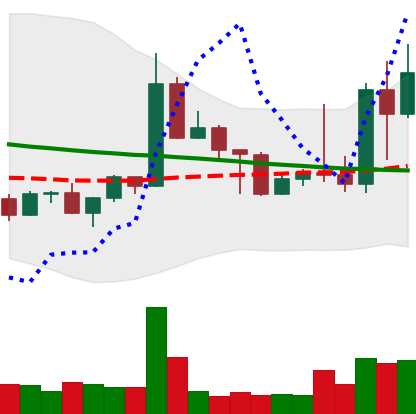
Ticker: TRX-USD
Chart end date: 2022-05-03
Forward return: 21.001%
Label: up_7plus